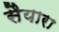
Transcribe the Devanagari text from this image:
सैयारा